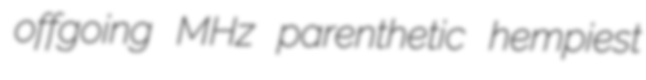
offgoing MHz parenthetic hempiest